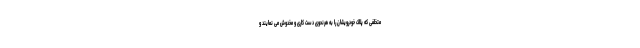
متخلفی که پلاک خودرویشان را به هرنحوی دست کاری و مخدوش می نمایند و